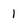
Character: 1